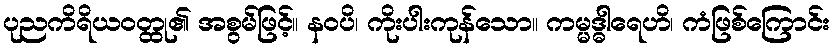
ပုညကိရိယဝတ္ထု၏ အစွမ်ဖြင့်။ နဝပိ၊ ကိုးပါးကုန်သော။ ကမ္မဒ္ဓါရေဟိ၊ ကံဖြစ်ကြောင်း